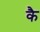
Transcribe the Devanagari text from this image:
कै